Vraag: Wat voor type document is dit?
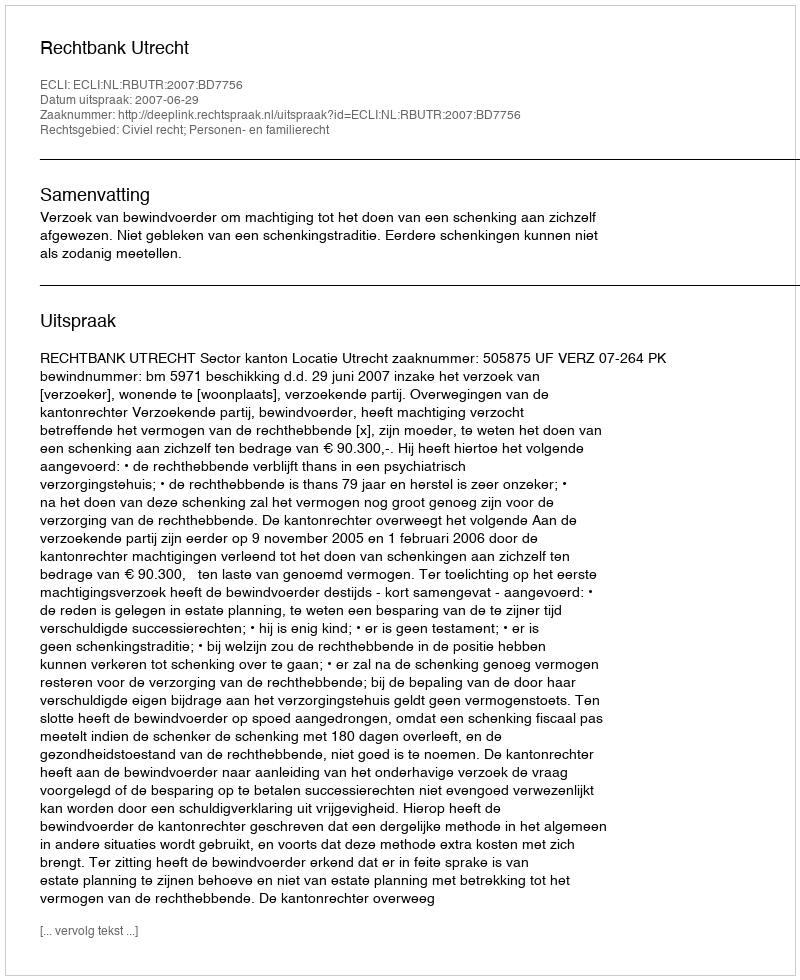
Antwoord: Uitspraak